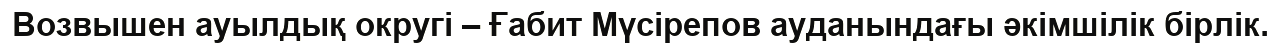
Возвышен ауылдық округі – Ғабит Мүсірепов ауданындағы әкімшілік бірлік.